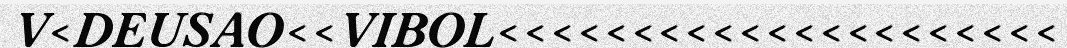
V<DEUSAO<<VIBOL<<<<<<<<<<<<<<<<<<<<<